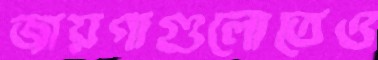
জায়গাগুলোতেও